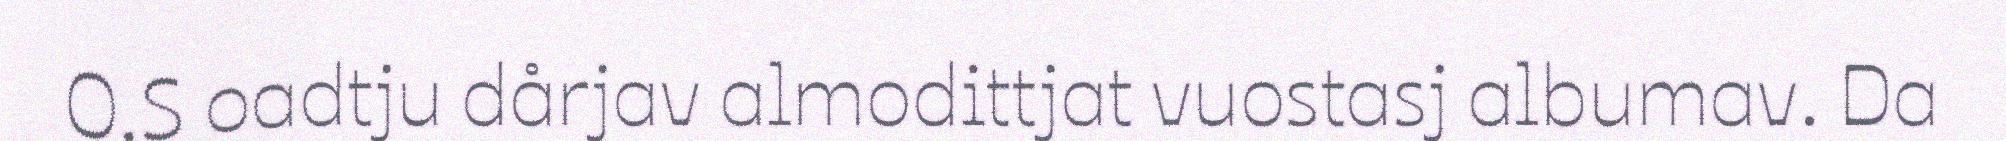
O.S oadtju dårjav almodittjat vuostasj albumav. Da